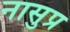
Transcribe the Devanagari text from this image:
नासुप्र